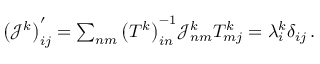
\begin{array} { r } { \big ( \mathcal { J } ^ { k } \big ) _ { i j } ^ { \prime } = \sum _ { n m } \big ( T ^ { k } \big ) _ { i n } ^ { - 1 } \mathcal { J } _ { n m } ^ { k } T _ { m j } ^ { k } = \lambda _ { i } ^ { k } \delta _ { i j } \, . } \end{array}